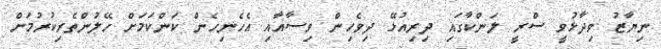
ނިޔާޒު ވިދާޅުވީ ސްރީ ލަންކާގައި ދިރިއުޅޭ ދިވެހިން ވިސާއާއި އެހެނިހެން ކަންކަމަށް ހޭލުންތެރިކުރުމަށް